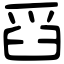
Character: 舀